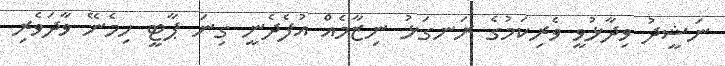
ނަޝީދު ވިދާޅުވީ ވެރިކަމުގެ ރަނގަޅު ނިޒާމެއް އުފެދެނީ ގިނަ ޕާޓީ ހިމެނޭ ވާދަވެރި